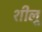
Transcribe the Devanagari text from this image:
शीलू